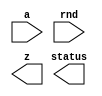
////////////////////////////////////////////////////////////////////////////////
//
//       This confidential and proprietary software may be used only
//     as authorized by a licensing agreement from Synopsys Inc.
//     In the event of publication, the following notice is applicable:
//
//                    (C) COPYRIGHT 2007 - 2023 SYNOPSYS INC.
//                           ALL RIGHTS RESERVED
//
//       The entire notice above must be reproduced on all authorized
//     copies.
//
//
// VERSION:   Verilog Simulation Model - IFP to FP converter
//
// DesignWare_version: 18c22305
// DesignWare_release: U-2022.12-DWBB_202212.5
//
////////////////////////////////////////////////////////////////////////////////
//-------------------------------------------------------------------------------
//
// ABSTRACT: Floating-point internal format to IEEE format converter
//              parameters      valid values (defined in the DW manual)
//              ==========      ============
//              sig_widthi      significand size,  2 to 253 bits
//              exp_widthi      exponent size,     3 to 31 bits
//              sig_width       significand size,  2 to 253 bits
//              exp_width       exponent size,     3 to 31 bits
//              use_denormal    0 or 1  (default 0)
//
//              Input ports     Size & Description
//              ===========     ==================
//              a               (sig_widthi + exp_widthi + 7)-bits
//                              Internal Floating-point Number Input
//              rnd             3 bits
//                              Rounding mode
//
//              Output ports    Size & Description
//              ===========     ==================
//              z               (sig_width + exp_width + 1) bits
//                              IEEE Floating-point Number
//              status          8 bits
//                              Status information about FP number
//
//           Important, although the IFP has a bit for 1's complement 
//           representation, this converter does not process this bit. 
//           An error message will be issued when an input in 1s complement
//           is applied.
//
//
//------------------------------------------------------------------------------

module DW_ifp_fp_conv (a, rnd, z, status);
parameter integer sig_widthi=25;
parameter integer exp_widthi=8;  
parameter integer sig_width=23;
parameter integer exp_width=8;  
parameter integer use_denormal=0;                    


// declaration of inputs and outputs
input  [sig_widthi+exp_widthi+7-1:0] a;
input  [2:0] rnd;
output [sig_width+exp_width:0] z;
output [7:0] status;

// synopsys translate_off

function [4-1:0] O1I1O111;

  input [2:0] lllOI11l;
  input [0:0] OOIOOI1l;
  input [0:0] IOl0I1O0,OO11OI10,lO0IO0OO;


  begin
  O1I1O111[0] = 0;
  O1I1O111[1] = OO11OI10|lO0IO0OO;
  O1I1O111[2] = 0;
  O1I1O111[3] = 0;
  case (lllOI11l)
    3'b000:
    begin
      O1I1O111[0] = OO11OI10&(IOl0I1O0|lO0IO0OO);
      O1I1O111[2] = 1;
      O1I1O111[3] = 0;
    end
    3'b001:
    begin
      O1I1O111[0] = 0;
      O1I1O111[2] = 0;
      O1I1O111[3] = 0;
    end
    3'b010:
    begin
      O1I1O111[0] = ~OOIOOI1l & (OO11OI10|lO0IO0OO);
      O1I1O111[2] = ~OOIOOI1l;
      O1I1O111[3] = ~OOIOOI1l;
    end
    3'b011:
    begin
      O1I1O111[0] = OOIOOI1l & (OO11OI10|lO0IO0OO);
      O1I1O111[2] = OOIOOI1l;
      O1I1O111[3] = OOIOOI1l;
    end
    3'b100:
    begin
      O1I1O111[0] = OO11OI10;
      O1I1O111[2] = 1;
      O1I1O111[3] = 0;
    end
    3'b101:
    begin
      O1I1O111[0] = OO11OI10|lO0IO0OO;
      O1I1O111[2] = 1;
      O1I1O111[3] = 1;
    end
    default:
    begin
`ifndef DW_SUPPRESS_WARN
      if ($time > 0) begin
        $display ("WARNING: %m:\\n at time = %0t: Illegal rounding mode.", $time);
      end
`endif
    end
  endcase
  end

endfunction



  //-------------------------------------------------------------------------
  // Parameter legality check
  //-------------------------------------------------------------------------
  
 
  initial begin : parameter_check
    integer param_err_flg;

    param_err_flg = 0;
    
  
    if ( (sig_widthi < 2) || (sig_widthi > 253) ) begin
      param_err_flg = 1;
      $display(
	"ERROR: %m :\n  Invalid value (%d) for parameter sig_widthi (legal range: 2 to 253)",
	sig_widthi );
    end
  
    if ( (exp_widthi < 3) || (exp_widthi > 31) ) begin
      param_err_flg = 1;
      $display(
	"ERROR: %m :\n  Invalid value (%d) for parameter exp_widthi (legal range: 3 to 31)",
	exp_widthi );
    end
  
    if ( (sig_width < 2) || (sig_width > sig_widthi) ) begin
      param_err_flg = 1;
      $display(
	"ERROR: %m :\n  Invalid value (%d) for parameter sig_width (legal range: 2 to sig_widthi)",
	sig_width );
    end
  
    if ( (exp_width < 3) || (exp_width > exp_widthi) ) begin
      param_err_flg = 1;
      $display(
	"ERROR: %m :\n  Invalid value (%d) for parameter exp_width (legal range: 3 to exp_widthi)",
	exp_width );
    end
  
    if ( (use_denormal < 0) || (use_denormal > 1) ) begin
      param_err_flg = 1;
      $display(
	"ERROR: %m :\n  Invalid value (%d) for parameter use_denormal (legal range: 0 to 1)",
	use_denormal );
    end
  
    if ( param_err_flg == 1) begin
      $display(
        "%m :\n  Simulation aborted due to invalid parameter value(s)");
      $finish;
    end

  end // parameter_check 


  reg IlOI0OlI;
  reg [exp_widthi-1:0] l00I11O1;
  reg [exp_widthi+2:0] O0OlO000;
  reg signed [sig_widthi:0] I1I11l00;
  reg signed [sig_widthi:0] O0l10lOl;
  reg [sig_width-1:0] OIO11I0l;
  reg [sig_width-1:0] Ol0IO000;
  reg [exp_width-1:0] llIlOOOI;
  reg [exp_width-1:0] OOO1I1O0;
  reg [7-1:0] lI11O100;
  reg [7:0] OO1IO111;
  reg [sig_width+exp_width:0] lI00OO0O;
  reg [sig_widthi:0] lOIO0l11;
  reg [sig_widthi+sig_width:0] O00OO01I;
  reg [sig_widthi+sig_width:0] I11OOl00;
  reg [sig_widthi+sig_width:0] OIO1Ol10;
  reg lO0IO0OO, OO01IO01, I01O1l01;
  reg [exp_width-1:0] l1010I10;
  reg [4-1:0] l1O0l10l;

// main process of information
always @(a or rnd)
begin
  // variable initialization
  OIO11I0l = 0;
  Ol0IO000 = 0;
  Ol0IO000[0] = 1'b1;
  llIlOOOI = 0;
  OOO1I1O0 = ~0;
  OO1IO111 = 0;
  l1010I10 = 1;
  lOIO0l11 = 0;
  O00OO01I = 0;
  lI00OO0O = 0;

  // Pass the status bits to the status output
  OO1IO111 = 0;
  lI11O100 = a[sig_widthi+exp_widthi+7-1:sig_widthi+exp_widthi];
  OO1IO111[2:0] = lI11O100[2:0]; // invalid/inf/zero flags
  OO1IO111[5] = lI11O100[3];
  if (lI11O100[4] == 1'b1)
      $display("ERROR: %m :\n  Module is receiving an input in 1s complement, and it does not process it");
    
  l00I11O1 = a[sig_widthi+exp_widthi-1:sig_widthi];
  IlOI0OlI = a[sig_widthi-1];
  I1I11l00 = $signed({a[sig_widthi-1:0],lI11O100[3]});
  if (IlOI0OlI == 1'b1) 
    O0l10lOl = -I1I11l00;
  else
    O0l10lOl = I1I11l00;
  O0l10lOl[0] = 1'b0;  
  if (OO1IO111[2:0]!= 0)
    begin  
      if (OO1IO111[0] == 1 && OO1IO111[2] == 0) 
        if (OO1IO111[5] == 1) 
          begin
            if ((rnd == 3 && lI11O100[5     ] == 1) ||
                (rnd == 2 && lI11O100[5     ] == 0) ||
                rnd == 5) 
              begin
                lI00OO0O = (use_denormal == 0)?
                         {lI11O100[5     ], l1010I10, OIO11I0l}:
                         {lI11O100[5     ], llIlOOOI, Ol0IO000};
                OO1IO111[0] = 1'b0;
                OO1IO111[3] = (use_denormal==0)?0:1;
              end
            else
  	      begin
                lI00OO0O = {lI11O100[5     ], llIlOOOI, OIO11I0l};
                OO1IO111[0] = 1'b1;
	        OO1IO111[3] = 1'b1;
              end
          end
        else
          lI00OO0O = {lI11O100[5     ], llIlOOOI, OIO11I0l};
      if (OO1IO111[1] == 1'b1 && OO1IO111[2] == 1'b0) 
	begin
          lI00OO0O = {lI11O100[5     ], OOO1I1O0, OIO11I0l};
          OO1IO111[0] = 1'b0;
        end
      if (OO1IO111[2] == 1'b1) 
        begin
          OO1IO111 = {8{1'b0}};
          if (use_denormal == 0)
            begin
              lI00OO0O = {1'b0, OOO1I1O0, OIO11I0l};
              OO1IO111[1] = 1'b1;
              OO1IO111[2] = 1'b1;
            end
          else
            begin
              lI00OO0O = {1'b0, OOO1I1O0, Ol0IO000};
              OO1IO111[2] = 1'b1;
            end
        end
    end
  else
    begin
      lO0IO0OO = OO1IO111[5];
      O0OlO000 = (O0l10lOl == 0)?0:$unsigned(l00I11O1);
      IlOI0OlI = (O0l10lOl == 0 & IlOI0OlI == 0)?lI11O100[5     ]:IlOI0OlI;
      lOIO0l11 = O0l10lOl;
      if (lOIO0l11[sig_widthi] == 1'b1 || O0OlO000 < l1010I10)
        begin
          lOIO0l11 = lOIO0l11 >> 1;
          O0OlO000 = O0OlO000 + 1;
        end
      while ( (lOIO0l11[sig_widthi:sig_widthi-1] == 0) && (O0OlO000 > l1010I10) ) 
        begin
          O0OlO000 = O0OlO000 - 1;
          lOIO0l11 = lOIO0l11 << 1;
        end
        if (sig_widthi+sig_width > sig_widthi)
          O00OO01I = lOIO0l11 << (sig_widthi+sig_width-sig_widthi);
        else
          O00OO01I = lOIO0l11;
  
        I11OOl00 = O00OO01I;
   
        lO0IO0OO = |O00OO01I[sig_widthi+sig_width-sig_width-1-1-1:0] | lO0IO0OO;
        OO01IO01 = O00OO01I[sig_widthi+sig_width-sig_width-1-1];
        I01O1l01 = O00OO01I[sig_widthi+sig_width-sig_width-1];
        l1O0l10l = O1I1O111(rnd, IlOI0OlI, I01O1l01, OO01IO01, lO0IO0OO);

       if (l1O0l10l[0] == 1'b1) 
         O00OO01I = O00OO01I + (1<<(sig_widthi+sig_width-sig_width-1));

        OIO1Ol10 = O00OO01I;

         if ( (O00OO01I[sig_widthi+sig_width] == 1'b1) ) 
           begin
             O0OlO000 = O0OlO000 + 1;
             O00OO01I = O00OO01I >> 1;
           end
  
        if (((O0OlO000 < l1010I10) && ((lO0IO0OO == 1'b1) || (lOIO0l11 != 0)))  ||
            ((O0OlO000 == l1010I10) && (O00OO01I[sig_widthi+sig_width:sig_widthi+sig_width-1]==0)&&
             ((lO0IO0OO == 1'b1) || (lOIO0l11 != 0))))
          begin
            if ((use_denormal == 1) && 
                (O00OO01I[sig_widthi+sig_width-2:sig_widthi+sig_width-sig_width-1] !== 0))
              begin
 	        lI00OO0O = {IlOI0OlI,llIlOOOI,O00OO01I[sig_widthi+sig_width-2:sig_widthi+sig_width-sig_width-1]};
                OO1IO111[3] = 1;
                if ((lO0IO0OO == 1) || (O00OO01I[sig_widthi+sig_width-sig_width-1-1:0] != 0))
                  OO1IO111[5] = 1;
                if (O00OO01I[sig_widthi+sig_width-2:sig_widthi+sig_width-sig_width-1] == 0) 
                  OO1IO111[0] = 1; 
              end
            else 
              begin               
              // value is zero of minimal non-zero representable FP,
              // when denormal is not used --> becomes zero or minFP
              // when denormal is used --> becomes zero or mindenorm
                if ((rnd == 3 && IlOI0OlI == 1'b1) ||
                    (rnd == 2 && IlOI0OlI == 1'b0) ||
                     rnd == 5) 
                  begin
                    lI00OO0O = (use_denormal == 0)?{IlOI0OlI, l1010I10, OIO11I0l}:
                                                 {IlOI0OlI, llIlOOOI, Ol0IO000};
                    OO1IO111[0] = 1'b0;
	            OO1IO111[3] = (use_denormal==0)?1'b0:1'b1;
                  end
                else
                  begin
                    lI00OO0O = {IlOI0OlI, llIlOOOI, OIO11I0l};
                    OO1IO111[0] = 1'b1;
                    OO1IO111[3] = 1'b1;
                  end
                OO1IO111[5] = 1'b1;
              end
          end
        else
        begin
          if (lOIO0l11 == 0)
            begin
              // output was reduced to a zero
              O0OlO000 = 0;
              O00OO01I = 0;
              OO1IO111[0] = 1'b1;
            end
          if (O0OlO000 >= ((((1 << (exp_width-1)) - 1) * 2) + 1)) 
            begin
              OO1IO111[4] = 1'b1;
              OO1IO111[5] = 1'b1;
              if (l1O0l10l[2] == 1'b1) 
                begin
                  O00OO01I[sig_widthi+sig_width:sig_widthi+sig_width-sig_width-1] = 0;
                  O0OlO000 = ((((1 << (exp_width-1)) - 1) * 2) + 1);
                  OO1IO111[1] = 1'b1;
                end
              else
                begin
                  O0OlO000 = ((((1 << (exp_width-1)) - 1) * 2) + 1) - 1;
                 O00OO01I[sig_widthi+sig_width:sig_widthi+sig_width-sig_width-1] = ~0;
                end
            end
            
          OO1IO111[5] = OO1IO111[5]|l1O0l10l[1];
          // Reconstruct the floating point format.
          lI00OO0O = {IlOI0OlI,O0OlO000[exp_width-1:0],O00OO01I[sig_widthi+sig_width-2:sig_widthi+sig_width-sig_width-1]};
        end
    end
  
end

assign z = ((^(a ^ a) !== 1'b0) | (^(rnd ^ rnd) !== 1'b0)) ? {sig_width+exp_width+1{1'bx}} : lI00OO0O;
assign status = OO1IO111;

// synopsys translate_on
endmodule